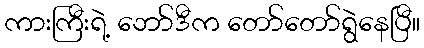
ကားကြီးရဲ့ ဘော်ဒီက တော်တော်ရွဲနေပြီ။